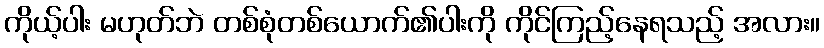
ကိုယ့်ပါး မဟုတ်ဘဲ တစ်စုံတစ်ယောက်၏ပါးကို ကိုင်ကြည့်နေရသည့် အလား။